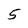
Character: 5